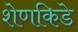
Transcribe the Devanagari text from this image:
शेणकिडे